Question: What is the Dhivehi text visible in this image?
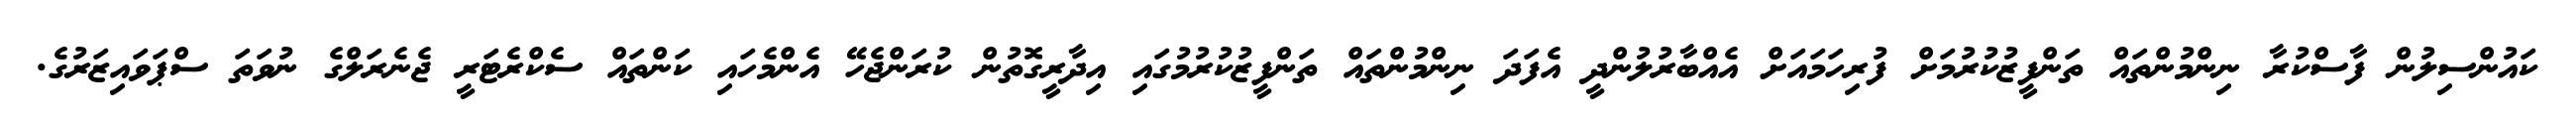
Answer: ކައުންސިލުން ފާސްކުރާ ނިންމުންތައް ތަންފީޒުކުރުމަށް ފުރިހަމައަށް އެއްބާރުލުންދީ އެފަދަ ނިންމުންތައް ތަންފީޒުކުރުމުގައި އިދާރީގޮތުން ކުރަންޖެހޭ އެންމެހައި ކަންތައް ސެކްރެޓަރީ ޖެނެރަލްގެ ނުވަތަ ސްޕަވައިޒަރުގެ.